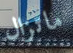
ماتزال